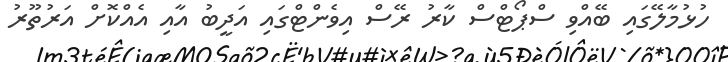
ހުޅުމާލޭގައި ބޭއްވި ސްޕޯޓްސް ކާރު ރޭސް އިވެންޓްގައި އަދީބު އާއި އެއްކޮށް އަރުތޫރު